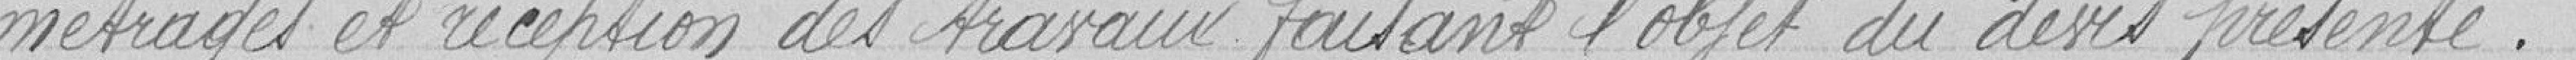
métrages et réception des travaux faisant l'objet du devis présenté.